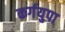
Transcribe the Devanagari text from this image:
कर्गयुपा